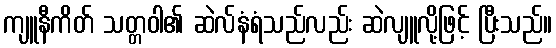
ကျူနီကိတ် သတ္တဝါ၏ ဆဲလ်နံရံသည်လည်း ဆဲလျူလို့ဖြင့် ပြီးသည်။